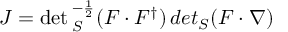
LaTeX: J = \operatorname * { d e t } { } _ { S } ^ { - { \frac { 1 } { 2 } } } ( F \cdot F ^ { \dagger } ) \, d e t { } _ { S } ( F \cdot \nabla )